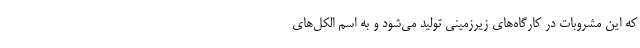
که این مشروبات در کارگاه‌های زیرزمینی تولید می‌شود و به اسم الکل‌های